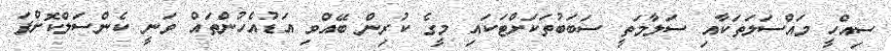
ސިއްހީ މައްސަލަތަކާއި ސަލާމަތީ ސަބަބުތަކަށްޓަކައި މީގެ ކުރިން ބޭއްވި އަޑުއެހުންތައް ވަނީ ކެންސަލްކޮށްފަ